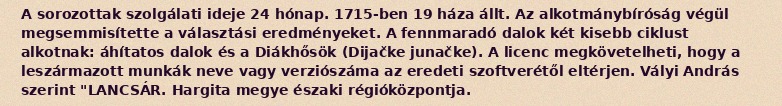
A sorozottak szolgálati ideje 24 hónap. 1715-ben 19 háza állt. Az alkotmánybíróság végül megsemmisítette a választási eredményeket. A fennmaradó dalok két kisebb ciklust alkotnak: áhítatos dalok és a Diákhősök (Dijačke junačke). A licenc megkövetelheti, hogy a leszármazott munkák neve vagy verziószáma az eredeti szoftverétől eltérjen. Vályi András szerint "LANCSÁR. Hargita megye északi régióközpontja.